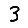
Digit: 3